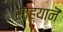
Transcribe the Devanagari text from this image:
साह्यानॆ